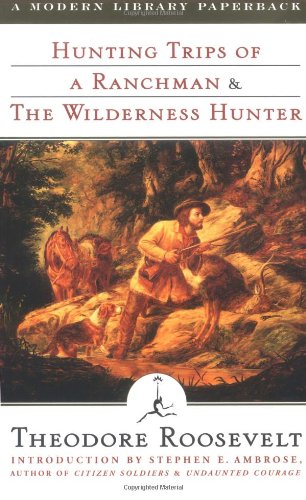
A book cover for Hunting Trips of a Ranchman & The Wilderness Hunter; Theodore Roosevelt; Sports & Outdoors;